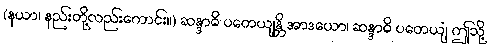
(နယာ၊ နည်းတို့လည်းကောင်း။) ဆန္ဒာဓိ ပတေယျန္တိ အာဒယော၊ ဆန္ဒာဓိ ပတေယျံ ဤသို့